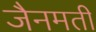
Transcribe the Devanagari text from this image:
जैनमती